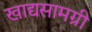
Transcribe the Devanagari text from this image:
खाद्यसामग्री